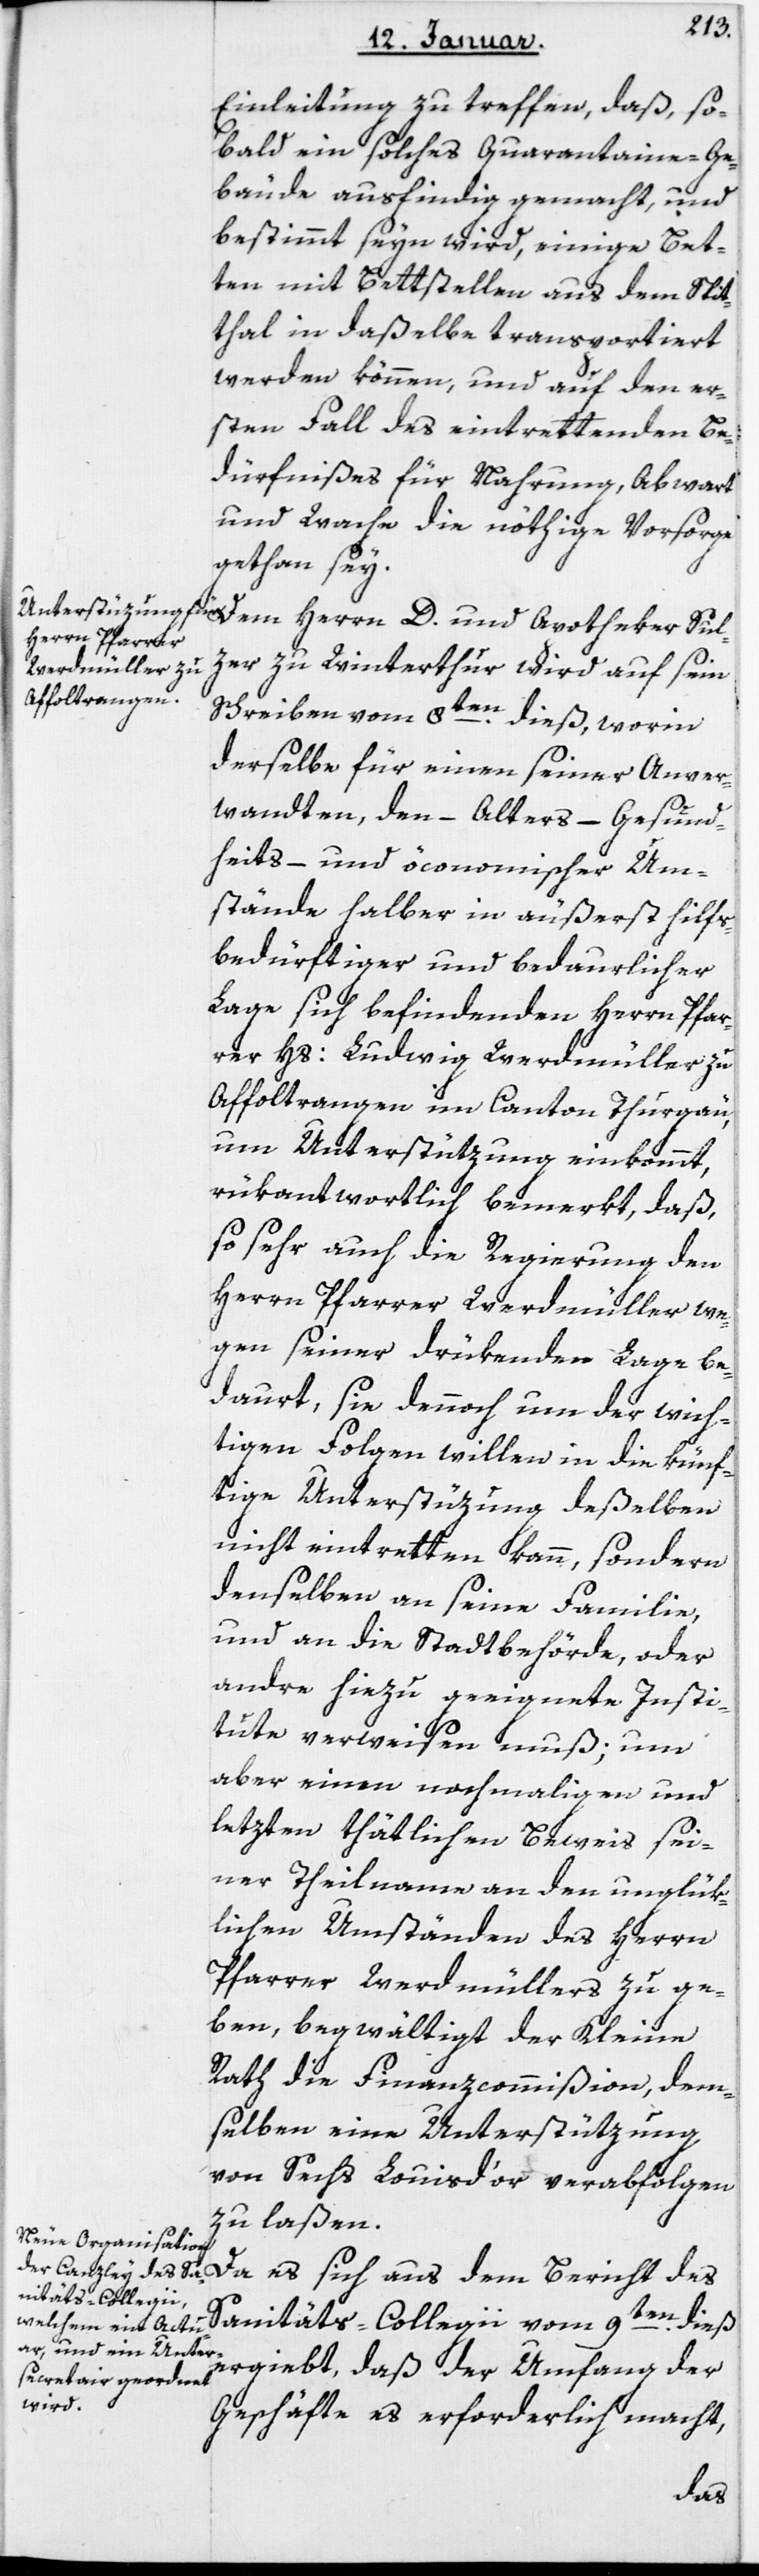
Einleitung zu treffen, daß so¬
bald ein solches Quarantaine-Ge¬
bäude ausfindig gemacht und
bestimmt seyn wird, einige Bet¬
ten mit Bettstellen aus dem Spit¬
thal in daßelbe transportiert
werden können und auf den er¬
sten Fall des eintrettenden Be¬
dürfnißes für Nahrung, Abwart
und Wache die nöthige Vorsorge
gethan sey.
zer zu Winterthur wird auf sein
Schreiben vom 8ten dieß, worin
derselbe für einen seiner Anver¬
wandten, den Alters-, Gesund¬
heits- und öconomischen Um¬
stände halber in äußerst hilfs¬
bedürftiger und bedaurlicher
Lage sich befindenden Herrn Pfar¬
rer Hs. Ludwig Werdmüller zu
Affeltrangen im Canton Thurgau,
um Unterstützung einkommt,
rükantwortlich bemerkt, daß,
so sehr auch die Regierung den
Herrn Pfarrer Werdmüller we¬
gen seiner drükenden Lage be¬
daurt, sie dennoch um der wich¬
tigen Folgen willen in die künf¬
tige Unterstüzung deßelben
nicht eintretten kann, sondern
denselben an seine Familie,
und an die Stadtbehörde oder
andre hiezu geeignete Insti¬
tute verweisen muß, um
aber einen nochmaligen und
letzten thätlichen Beweis sei¬
ner Theilnahme an den unglük¬
lichen Umständen des Herrn
Pfarrer Werdmüllers zu ge¬
ben, begwältigt der Kleine
Rath die Finanzcommißion, dem¬
selben eine Unterstützung
von sechs Louis d’or verabfolgen
zu laßen.
Da es sich aus dem Bericht des
Sanitäts-Collegii vom 9ten dieß
ergiebt, daß der Umfang der
Geschäfte es erforderlich macht,
Sul¬